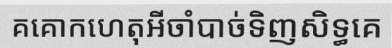
គគោកហេតុអីចាំបាច់ទិញសិទ្ធគេ